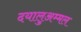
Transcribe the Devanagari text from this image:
दयालुअम्मल